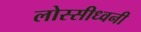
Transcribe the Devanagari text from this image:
लोस्सीध्वनी